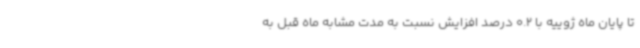
تا پایان ماه ژوییه با 0.2 درصد افزایش نسبت به مدت مشابه ماه قبل به